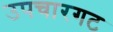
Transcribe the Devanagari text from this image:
उपचारगट